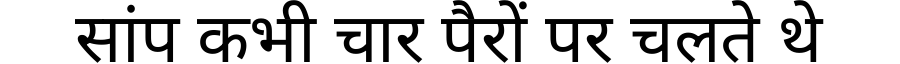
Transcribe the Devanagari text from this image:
सांप कभी चार पैरों पर चलते थे